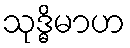
သုဒ္ဓိမာဟ